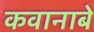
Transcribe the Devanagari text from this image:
कवानाबे